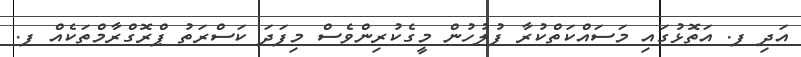
އަދި ފ. އަތޮޅުގައި މަސައްކަތްކުރާ ފުލުހުން މީގެކުރިންވެސް މިފަދަ ކަސްރަތު ޕްރޮގްރާމްތަކެއް ފ.